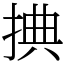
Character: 捵